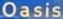
Oasis